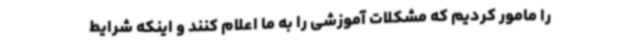
را مامور کردیم که مشکلات آموزشی را به ما اعلام کنند و اینکه شرایط